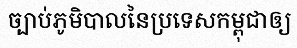
ច្បាប់ភូមិបាលនៃប្រទេសកម្ពុជាឲ្យ